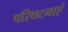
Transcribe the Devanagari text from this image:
परिधटनाएं